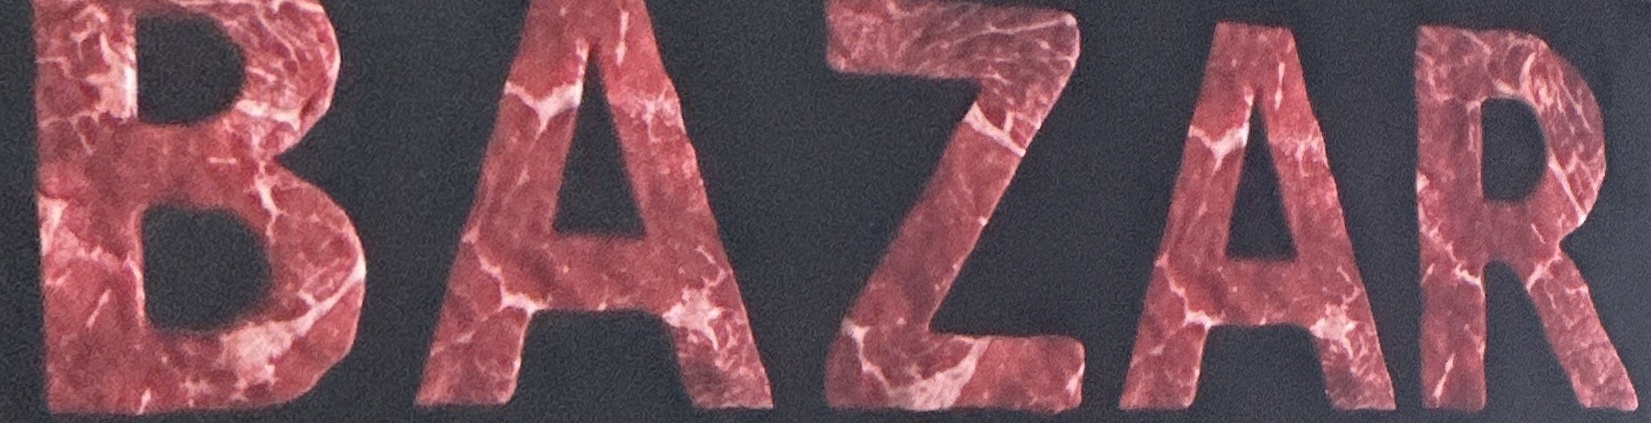
BAZAR